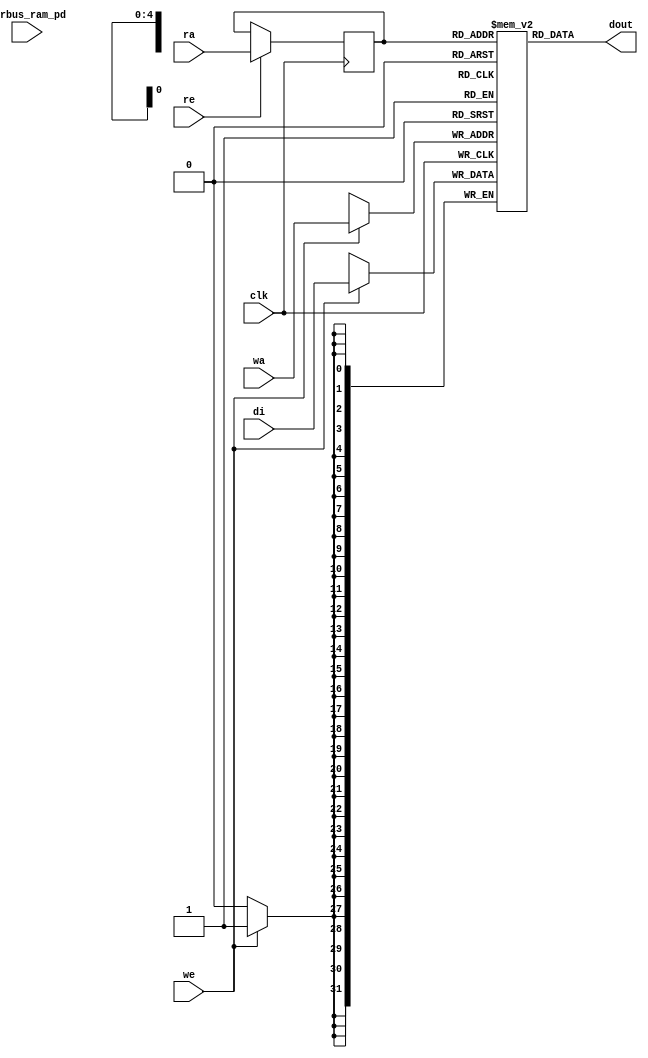
module nv_ram_rws_32x32 (
  clk,
  ra,
  re,
  dout,
  wa,
  we,
  di,
  pwrbus_ram_pd
);
parameter FORCE_CONTENTION_ASSERTION_RESET_ACTIVE=1'b0;
// port list
input clk;
input [4:0] ra;
input re;
output [31:0] dout;
input [4:0] wa;
input we;
input [31:0] di;
input [31:0] pwrbus_ram_pd;
//reg and wire list
reg [4:0] ra_d;
wire [31:0] dout;
reg [31:0] M [31:0];
always @( posedge clk ) begin
    if (we)
       M[wa] <= di;
end
always @( posedge clk ) begin
    if (re)
       ra_d <= ra;
end
assign dout = M[ra_d];
endmodule